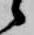
候